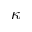
\kappa